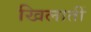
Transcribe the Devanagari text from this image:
खिलातीं